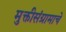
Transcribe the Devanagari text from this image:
मुक्तीसंग्रामाचे